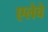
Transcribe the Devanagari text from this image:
एलेवे